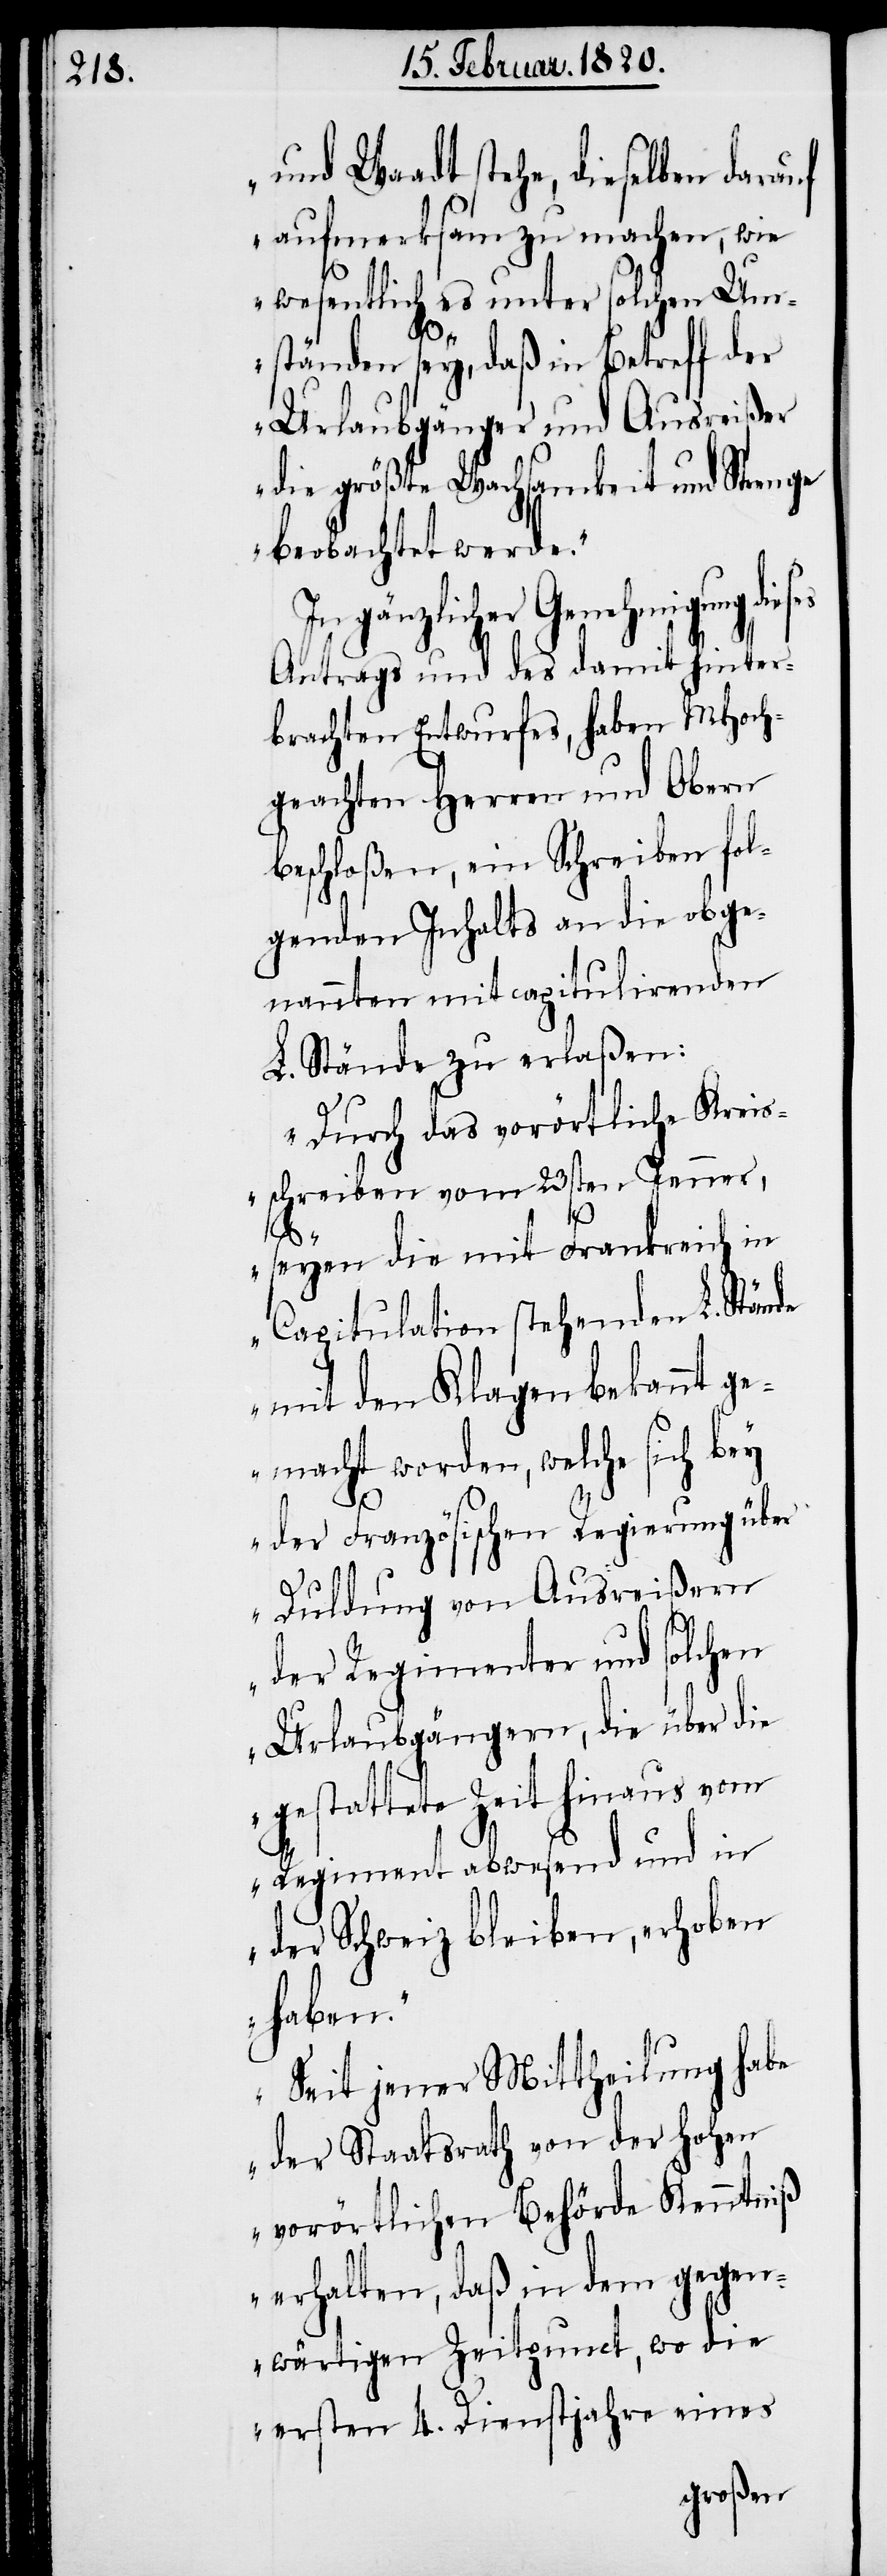
und Waadt stehe, dieselben darauf
aufmerksam zu machen, wie
wesentlich es unter solchen Um¬
ständen sey, daß in Betreff der
Urlaubgänger und Ausreißer
die größte Wachsamkeit und Strenge
beobachtet werde.“
In gänzlicher Genehmigung die¬
Antrags und des damit hinter¬
brachten Entwurfes, haben MHoch¬
geachten Herren und Obern
beschloßen, ein Schreiben fol¬
genden Inhalts an die obge¬
nannten mitcapitulirenden
L. Stände zu erlaßen:
„Durch das vorörtliche Kreis¬
schreiben vom 23sten Jenner,
ses
seyen die mit Frankreich in
Capitulation stehenden L. Stände
mit den Klagen bekannt g¬
emacht worden, welche sich bey
der Französischen Regierung über
Duldung von Ausreißern
der Regimenter und solchen
Urlaubgängern, die über die
gestattete Zeit hinaus vom
Regiment abwesend und in
der Schweiz bleiben, erhoben
haben.“
„Seit jener Mittheilung habe
der Staatsrath von der Hohen
vorörtlichen Behörde Kenntniß
erhalten, daß in dem gegen¬
wärtigen Zeitpunct, wo die
ersten 4. Dienstjahre eines